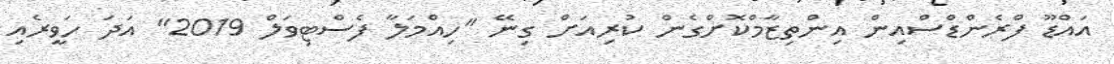
އައްޑޫ ފްރެންޑްސްއިން އިންތިޒާމްކޮށްގެން ކުރިއަށް ގިނޭ "ހިއްމަލާ ފެސްޓިވަލް 2019" އަދަ ހަވީރެއި